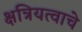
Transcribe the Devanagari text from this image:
क्षत्रियत्वाचे